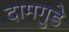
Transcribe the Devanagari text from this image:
दामगुडे